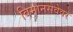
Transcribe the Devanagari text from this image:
विमानसेवेवर